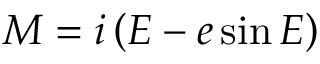
M = i \left( E - e \sin E \right)